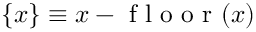
\{ x \} \equiv x - \mathrm { ~ f ~ l ~ o ~ o ~ r ~ } ( x )